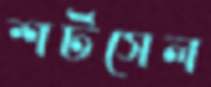
শর্টসেল